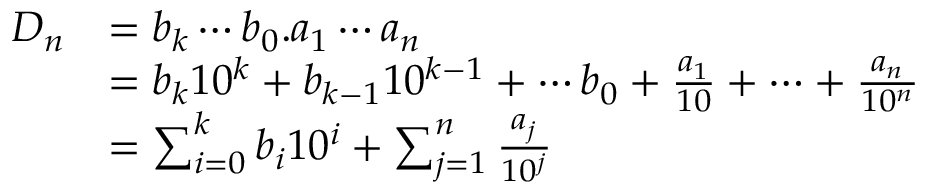
{ \begin{array} { r l } { D _ { n } } & { = b _ { k } \cdots b _ { 0 } . a _ { 1 } \cdots a _ { n } } \\ & { = b _ { k } 1 0 ^ { k } + b _ { k - 1 } 1 0 ^ { k - 1 } + \cdots b _ { 0 } + { \frac { a _ { 1 } } { 1 0 } } + \cdots + { \frac { a _ { n } } { 1 0 ^ { n } } } } \\ & { = \sum _ { i = 0 } ^ { k } b _ { i } 1 0 ^ { i } + \sum _ { j = 1 } ^ { n } { \frac { a _ { j } } { 1 0 ^ { j } } } } \end{array} }